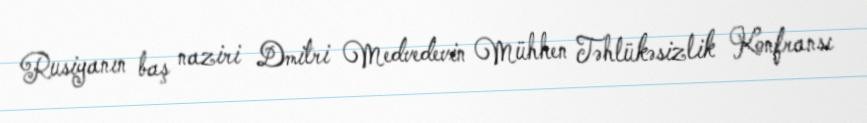
Rusiyanın baş naziri Dmitri Medvedevin Mühhen Təhlükəsizlik Konfransı